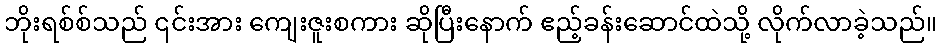
ဘိုးရစ်စ်သည် ၎င်းအား ကျေးဇူးစကား ဆိုပြီးနောက် ဧည့်ခန်းဆောင်ထဲသို့ လိုက်လာခဲ့သည်။